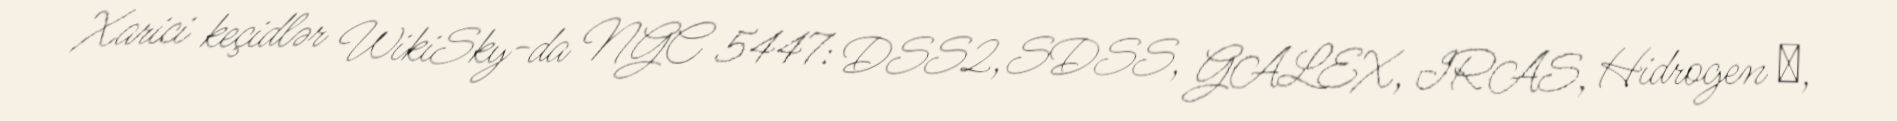
Xarici keçidlər WikiSky-da NGC 5447: DSS2, SDSS, GALEX, IRAS, Hidrogen α,